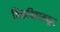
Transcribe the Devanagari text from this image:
तिरुवितामकूर